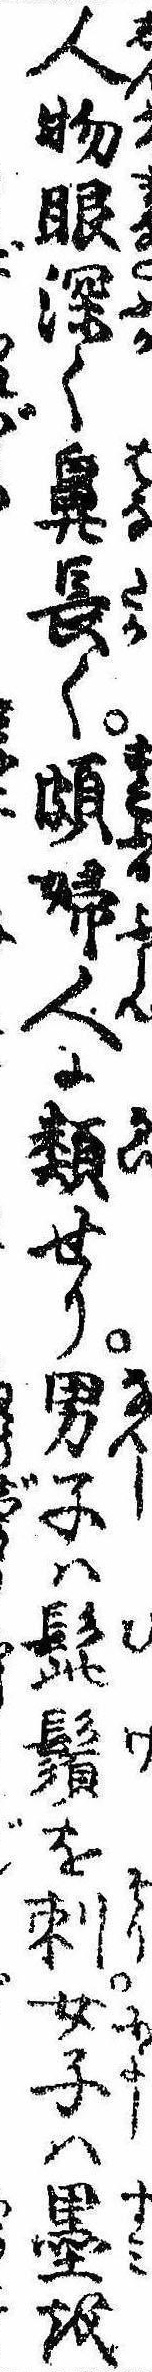
人物眼深く鼻長く頗婦人に類せり男子は髭鬚を刺女子は墨を